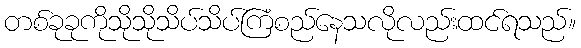
တစ်ခုခုကိုသိုသိုသိပ်သိပ်ကြံစည်နေသလိုလည်းထင်ရသည်။